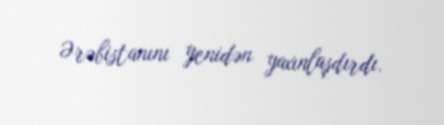
Ərəbistanını yenidən yaxınlaşdırdı.